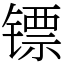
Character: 镖